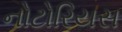
નોટોરિયસ